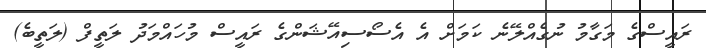
ރައީސްގެ މަގާމު ނުގެއްލޭނެ ކަމަށް އެ އެސޯސިއޭޝަންގެ ރައީސް މުހައްމަދު ލަތީފް (ލަތީބެ)